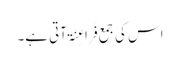
اس کی جمع فَرَاعِنَۃ آتی ہے۔